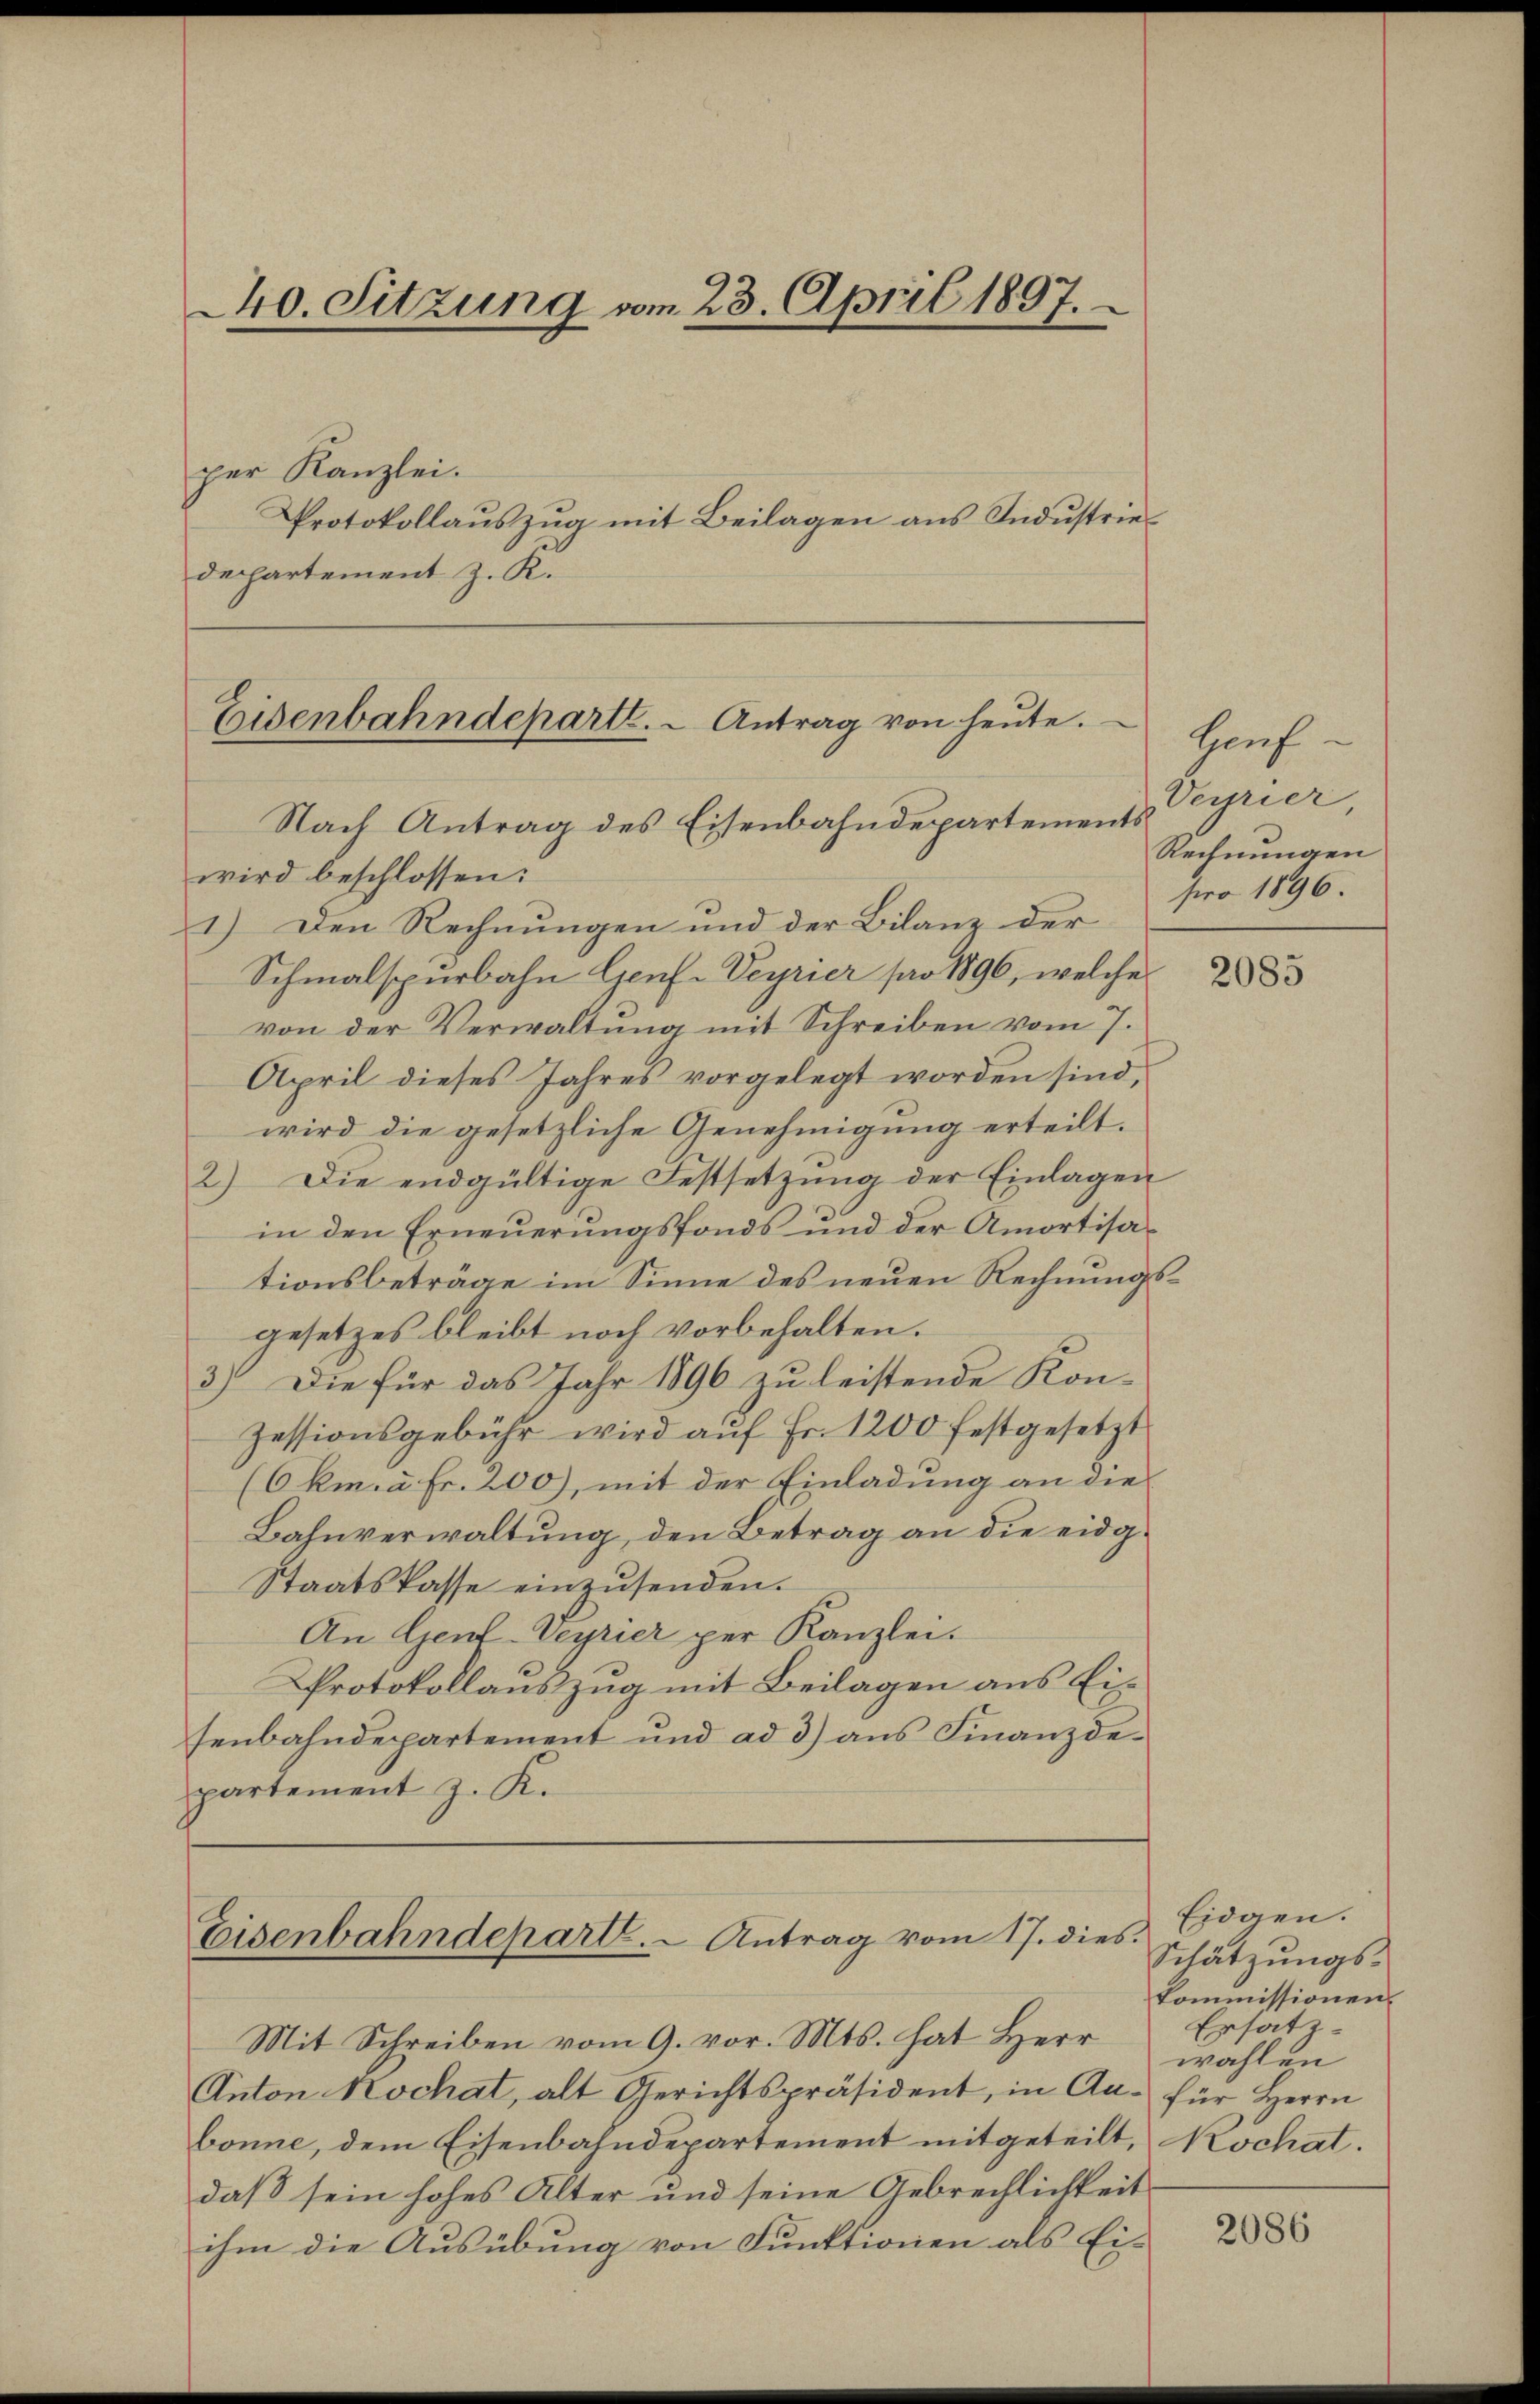
240. Sitzung vom 23. April 1897.

per Kanzlei.
Protokollauszug mit Beilagen aus Industriedepartement z. K.

Eisenbahndeparte. - Antrag von heŭte.
Nach Antrag des Eisenbahndepartements

Eisenbahndepart. - Antrag vom 17. dies

wird beschlossen:
1.) Den Rechnungen und der Bilanz der
Schmalspürbahn Genf-Veyrier pro 1896, welche
von der Verwaltung mit Schreiben vom 7.
April dieses Jahres vorgelegt worden sind,
wird die gesetzliche Genehmigung erteilt.
2) Die endgültige Festsetzung der Einlagen
in den Erneuerungsfonds und der Amortisationsbeträge im Sinne des neuen Rechnungsgesetzes bleibt noch vorbehalten.
3) Die für das Jahr 1896 zu leistende Kon-
Zessionsgebühr wird aŭf Fr. 1200 festgesetzt
(Okm. à Fr. 200), mit der Einladung an die
Bahnverwaltung, den Betrag an die eidg¬
Staatskasse einzusenden.
An Gent-Veyrier per Kanzlei.
Protokollauszug mit Beilagen aus Eisenbahndepartement und ad 3) ans Finanzde-
partement z. K.

Hauf
Veyrier
Rechnungen
pro 1896.

Mit Schreiben vom 9. vor. Mts. hat Herr
Anton Hochat, alt Gerichtspräsident, in An- für Herrn
bonne, dem Eisenbahndepartement mitgeteilt, Kochat.
daß sein hohes Alter und seine Gebrechlichkeit
ihm die Ausübung von Funktionen als Ei-

2085

Eidgen.
Schätzungs-
kommissionen.
Ersatzwahlen

2086